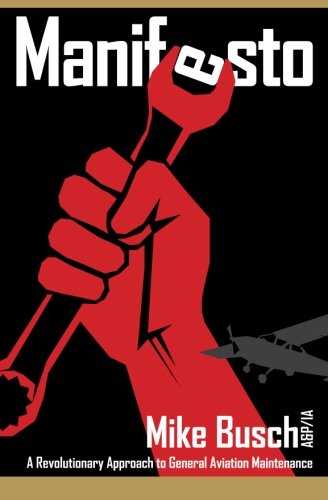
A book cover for Manifesto: A Revolutionary Approach to General Aviation Maintenance; Mike Busch A&P/IA; Engineering & Transportation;